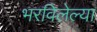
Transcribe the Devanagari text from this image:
भरविलेल्या